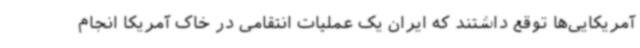
آمریکایی‌ها توقع داشتند که ایران یک عملیات انتقامی در خاک آمریکا انجام